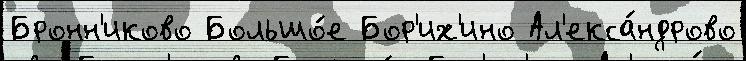
Бронн'иково Большо́е Бор'их'ино Ал'екса́ндрово